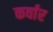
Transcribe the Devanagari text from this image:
कर्वार